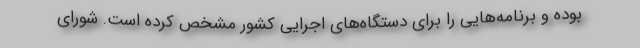
بوده و برنامه‌هایی را برای دستگاه‌های اجرایی کشور مشخص کرده است. شورای